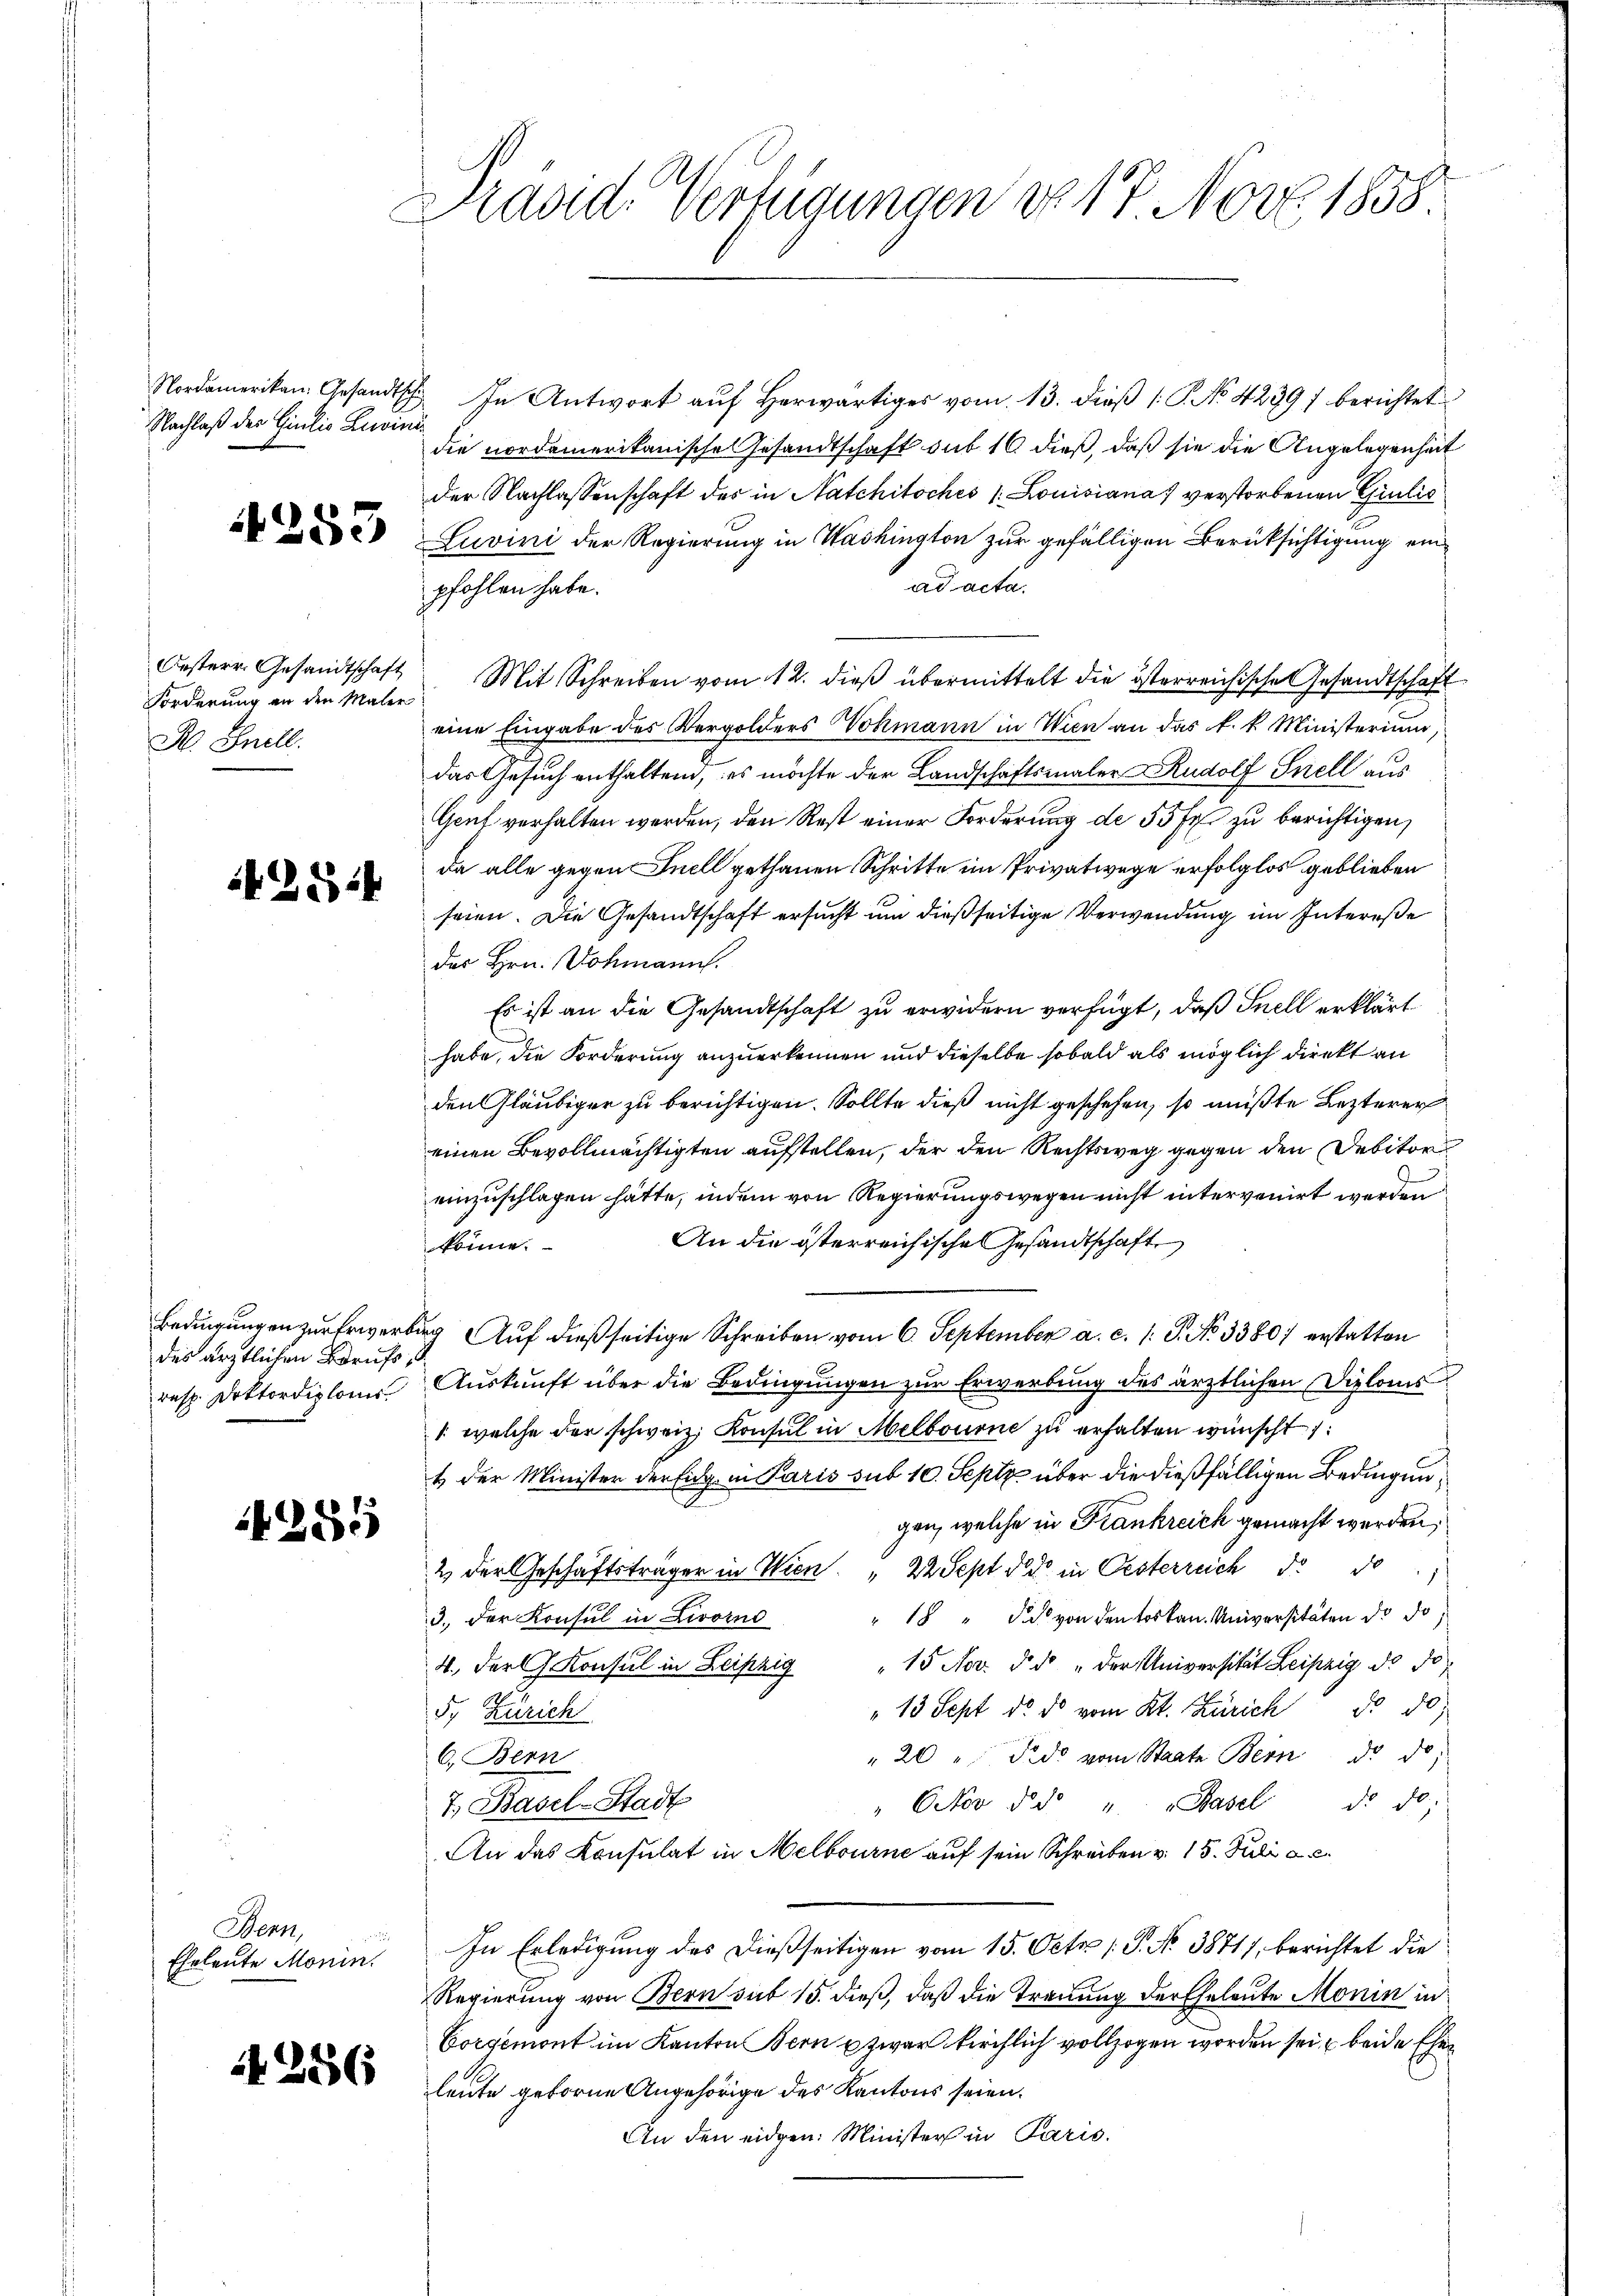
Nachlaß des Giulio Leinde

255

Forderung an den Maler
K. Snell.

1254

des ärztlichen Berufs d

285

Henn
Eheleute Monin.

4256

Präsid. Verfügungen vo 17 Nov. 1858.

Nordamerikan, Gesandtsch. In Antwort aŭf herwärtiges vom 13. dieβ (: No 4239) berichtet
die nordamerikanische Gesandtschaft sub 16 dieß, daß sie die Angelegenheit
der Nachlassenschaft des in Natchitsches 1 Louisiana verstorbenen Giulio
Luvini der Regierung in Washington zur gefälligen Berüksichtigung ein
ad acta.
pfohlen habe.
Oesterr. Gesandtschaft Mit Schreiben vom 12. dieß übermittelt die österreichische Gesandtschaft
eine Eingabe des Vergolders Wohmann in Wien an das k. k. Ministerium,
das Gesuch enthaltend, es möchte der Landschaftsmaler Rudolf Snell aus
Genf verhalten werden, den Rest einer Forderung de 55 fr. zu berichtigen,
da alle gegen Inell gethanen Schritte im Privatwege erfolglos geblieben
seien. Die Gesandtschaft ersucht um dießseitige Verwendung im Intereße
des Hrn. Dohmann.
Es ist an die Gesandtschaft zu erwidern verfügt, daß Snell erklärt
habe, die Forderung anzuerkennen und dieselbe sobald als möglich direkt an
den Gläubiger zu berichtigen. Sollte dieß nicht geschehen, so müßte Lezterer
einen Bevollmächtigten aufstellen, der den Rechtsweg gegen den Debitor
einzuschlagen hätte, indem von Regierungswegen nicht intervenirt werden
An die österreichische Gesandtschaft
könne.
Bedingungen zur Erwerburg Auf dießseitige Schreiben vom 6. September a. c. l. J. No 3380; erstatten
resp. Doktordiploms Auskunft über die Bedingungen zur Erwerbung des ärztlichen Diploms
/. welche der schweiz. Konsul in Melbourne zu erhalten wünscht:
t der Minister der Eidg. in Paris sub 10. Septz über die dießfälligen Bedingungen, welche in Krankreich gemacht werden,
2 der Geschäftsträger in Wien. " 22 Sept ddo in Oesterreich d. 10
" 18 " die von den toskan. Universitäten de do
3. Der Konsul in Livorne
4. der Konsul in Leipzig " 15 Nov. d. d "der Universität Leipzig ds Jo
" 13 Sept d. d. vom Kt. Zürich No 50)
5. Zürich
" 20 " Fido vom Staate Bern d. d.
C. Bern
" Octov d. d. u. Basel d. d.
7. Basel-Stadt
An das Konsulat in Melbourne auf sein Schreiben v. 15. Juli a. c.
In Erledigung des dießseitigen vom 15. Oct. [S. No 3871, berichtet die
Regierung von Bern sub 15. dieß, daß die Trauung der Eheleute Monin in
Corgemont im Kanton Bern u zwar kirchlich vollzogen worden sei beide Ehen
leute geborne Angehörige des Kantons seien.
An den eidgen. Minister in Paris.